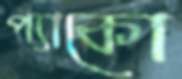
প্যাকো